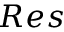
R e s